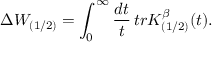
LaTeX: \Delta W _ { ( 1 / 2 ) } = \int _ { 0 } ^ { \infty } \frac { d t } { t } \, t r K _ { ( 1 / 2 ) } ^ { \beta } ( t ) .